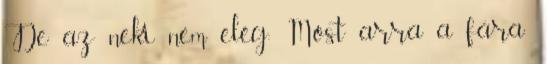
De az neki nem elég: Most arra a fára: